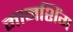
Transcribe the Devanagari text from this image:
मानशिंग